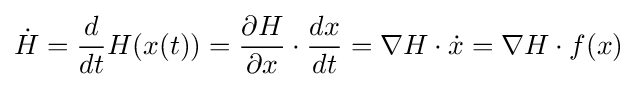
{\dot {H}}={\frac {d}{dt}}H(x(t))={\frac {\partial H}{\partial x}}\cdot {\frac {dx}{dt}}=\nabla H\cdot {\dot {x}}=\nabla H\cdot f(x)